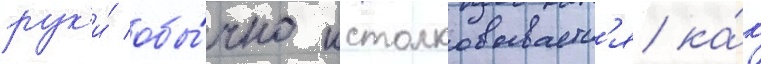
рук'и́ обы́чно истолковываетс'я ка́к